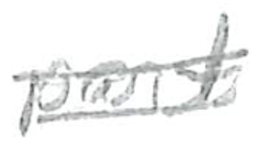
Text: part
Cross-out: double-line
Writing tool: pencil